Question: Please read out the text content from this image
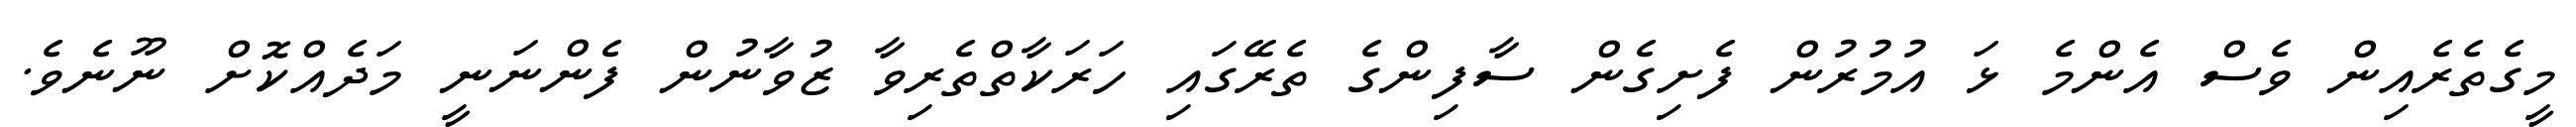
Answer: މީގެތެރެއިން ވެސް އެންމެ ޅަ އުމުރުން ފެށިގެން ސާފިންގެ ތެރޭގައި ހަރަކާތްތެރިވާ ޒުވާނުން ފެންނަނީ މަދެއްކޮށް ނޫނެވެ.